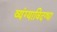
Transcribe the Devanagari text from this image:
व्यंग्याविदग्धा